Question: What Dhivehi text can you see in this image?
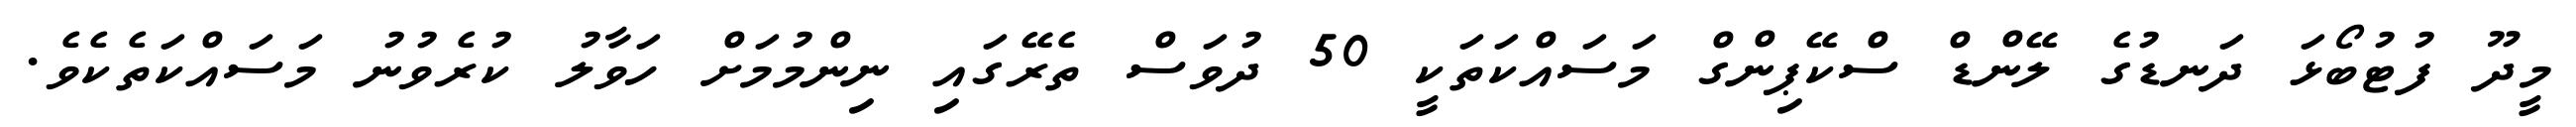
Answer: މީދޫ ފުޓުބޯޅަ ދަނޑުގެ ލޭންޑް ސްކޭޕިންގް މަސައްކަތަކީ 50 ދުވަސް ތެރޭގައި ނިންމުމަށް ހަވާލު ކުރެވުނު މަސައްކަތެކެވެ.